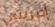
إضربني